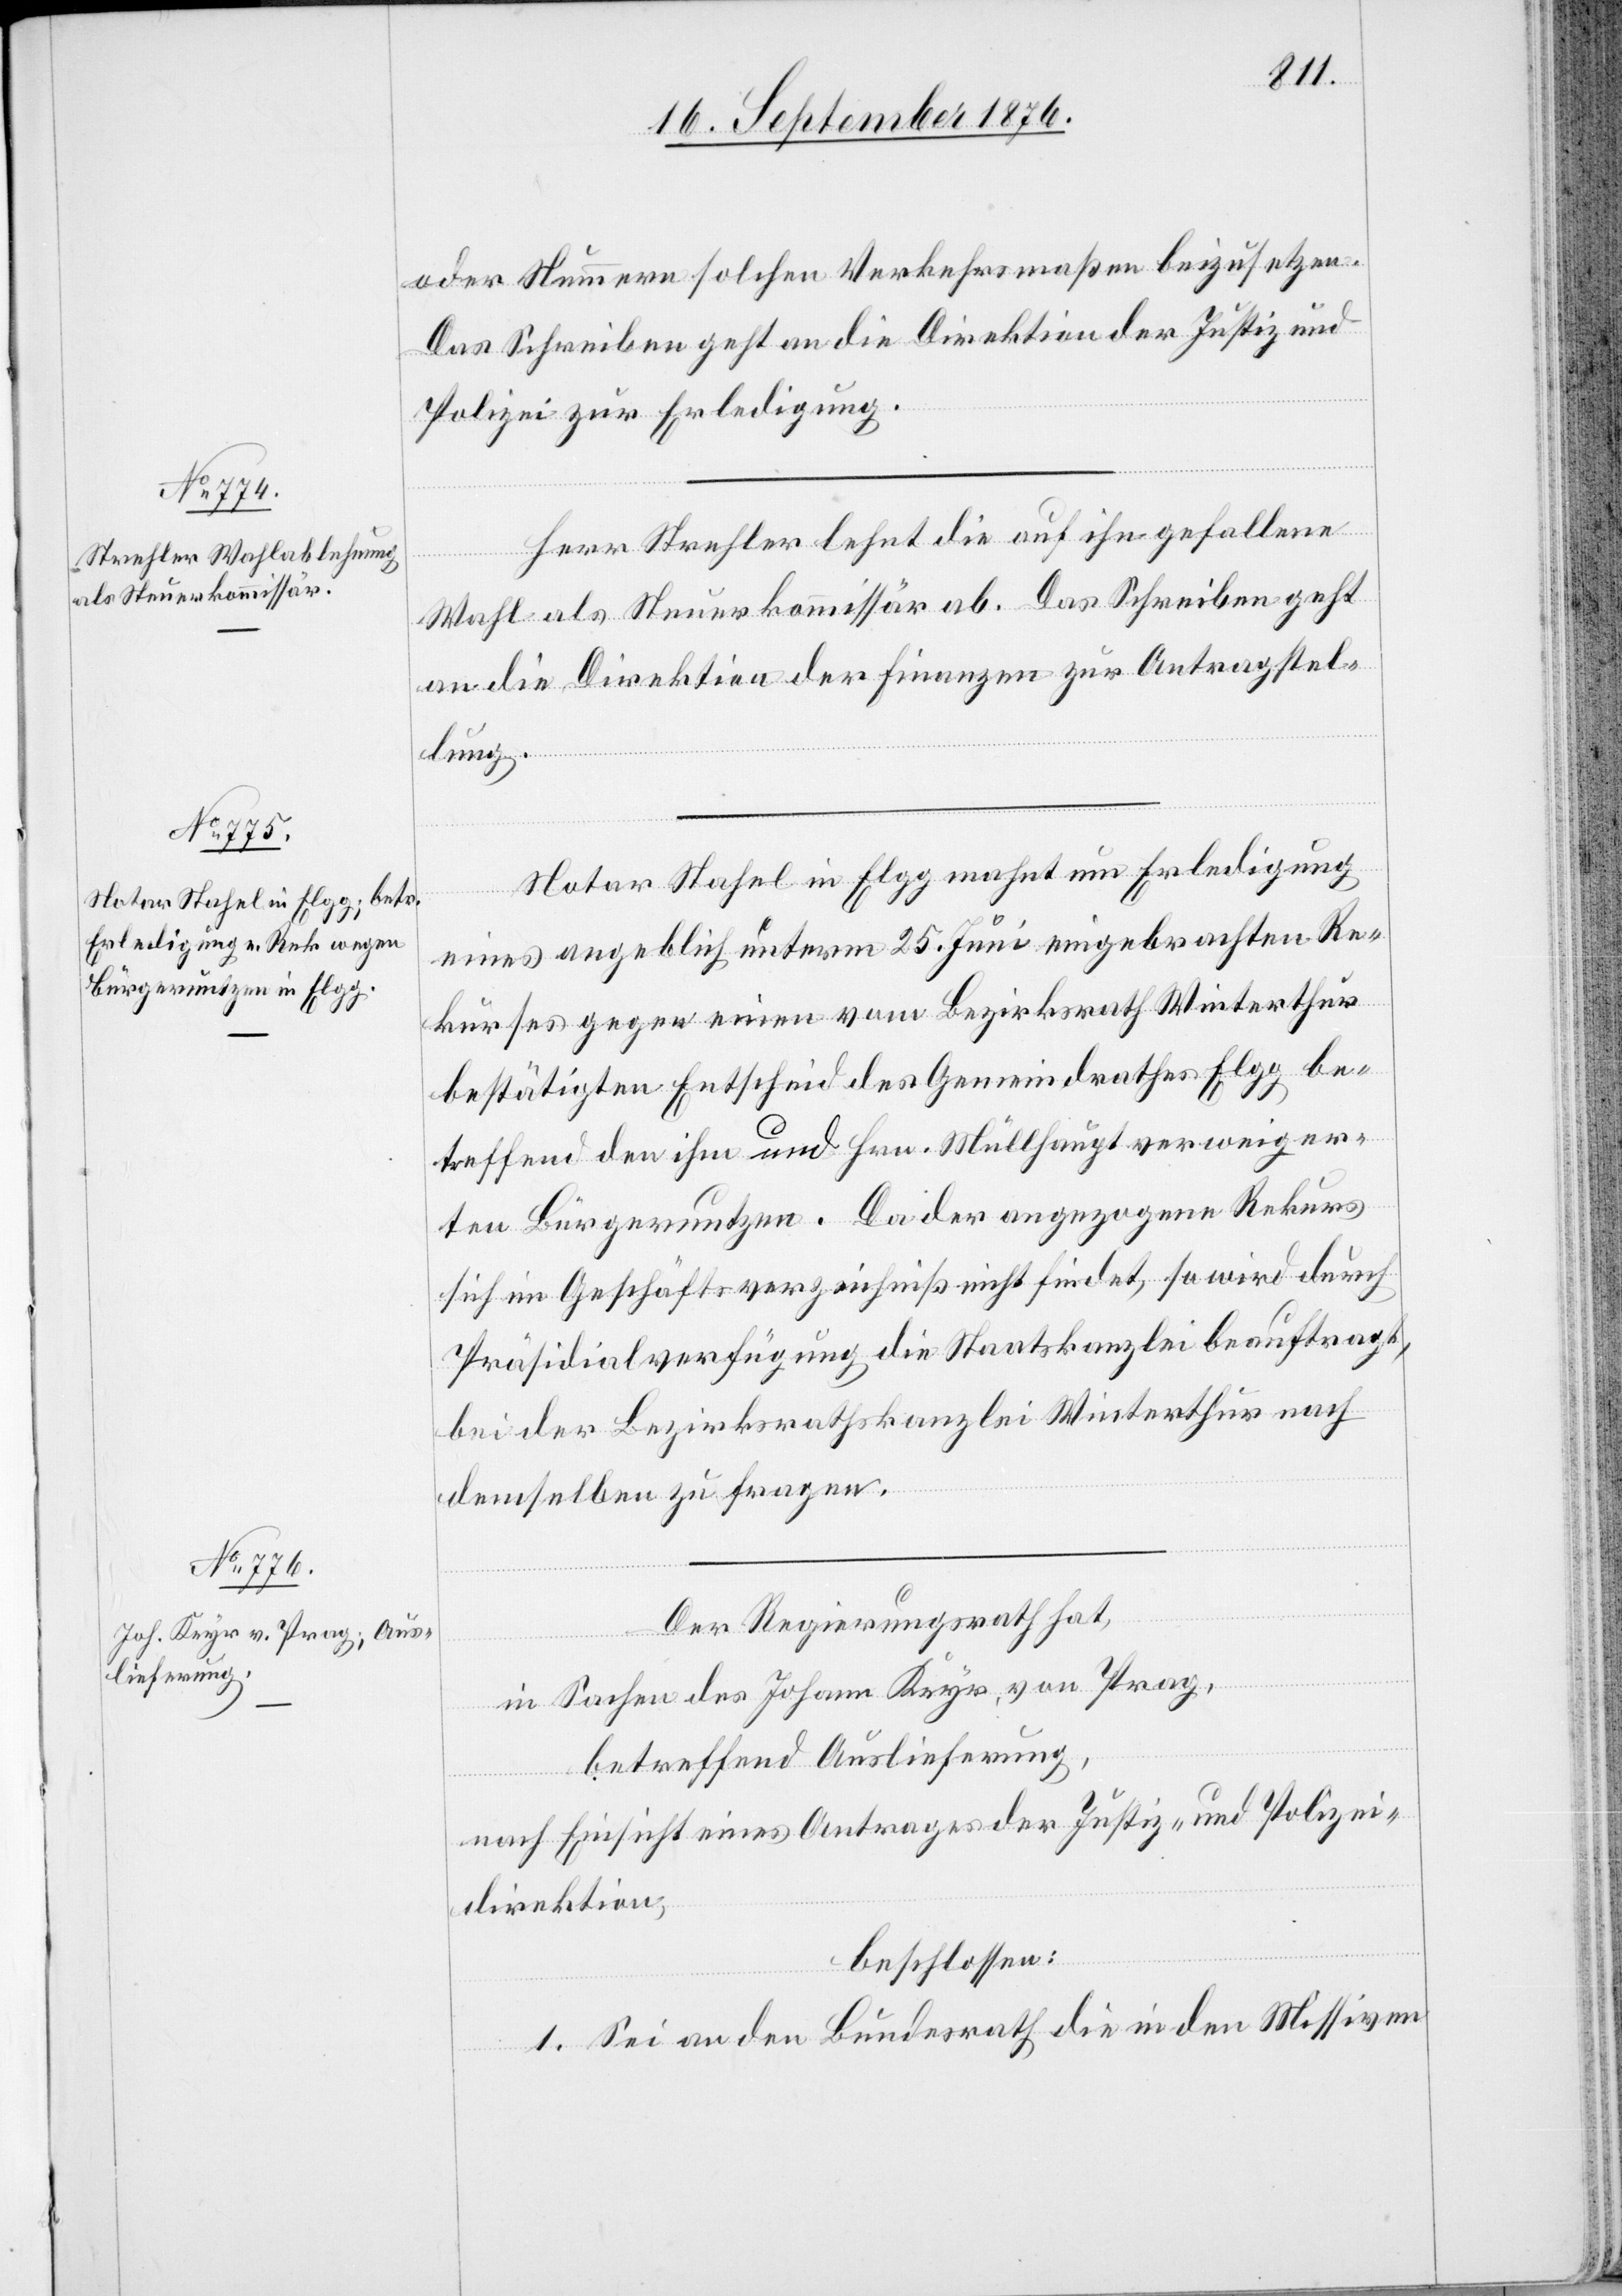
18. September 1876.]
oder Nummern solchen Verkehrsmaßen beizusetzen.
Das Schreiben geht an die Direktion der Justiz und
Polizei zur Erledigung.
Herr Strechler lehnt die auf ihn gefallene
Wahl als Steuerkommissär ab. Das Schreiben geht
an die Direktion der Finanzen zur Antragstel¬
lung.
Notar Stahel in Elgg mahnt um Erledigung
eins angeblich unterm 25. Juni eingebrachten Re¬
kurses gegen einen vom Bezirksrath Winterthur
bestätigten Entscheid des Gemeindrathes Elgg be¬
treffend den ihm und Hrn. Müllhaupt verweiger¬
ten Bürgernutzen. Da der angezogene Rekurs
sich im Geschäftsverzeichniß nicht findet, so wird durch
Präsidialverfügung die Staatskanzlei beauftragt,
bei der Bezirksrathskanzlei bei Winterthur nach
denselben zu fragen.
Der Regierungsrath hat,
in Sachen des Johann Keyr, von Prag,
betreffend Auslieferung,
nach Einsicht eines Antrages der Justiz- und Polizei¬
direktion,
beschlossen:
1. Sei an den Bundesrath die in den Missiven